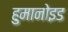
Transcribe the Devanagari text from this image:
हुमानोइड